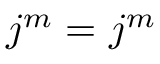
\v _ { j } ^ { m } = \u _ { j } ^ { m }